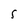
Character: 5